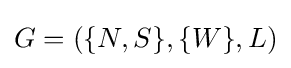
G=(\{N,S\},\{W\},L)